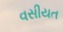
વસીયત